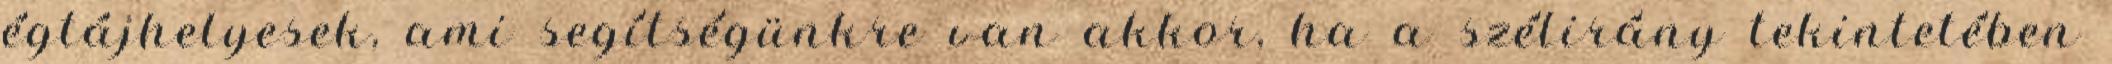
égtájhelyesek, ami segítségünkre van akkor, ha a szélirány tekintetében